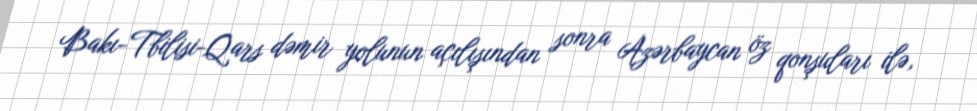
Bakı-Tbilisi-Qars dəmir yolunun açılışından sonra Azərbaycan öz qonşuları ilə,